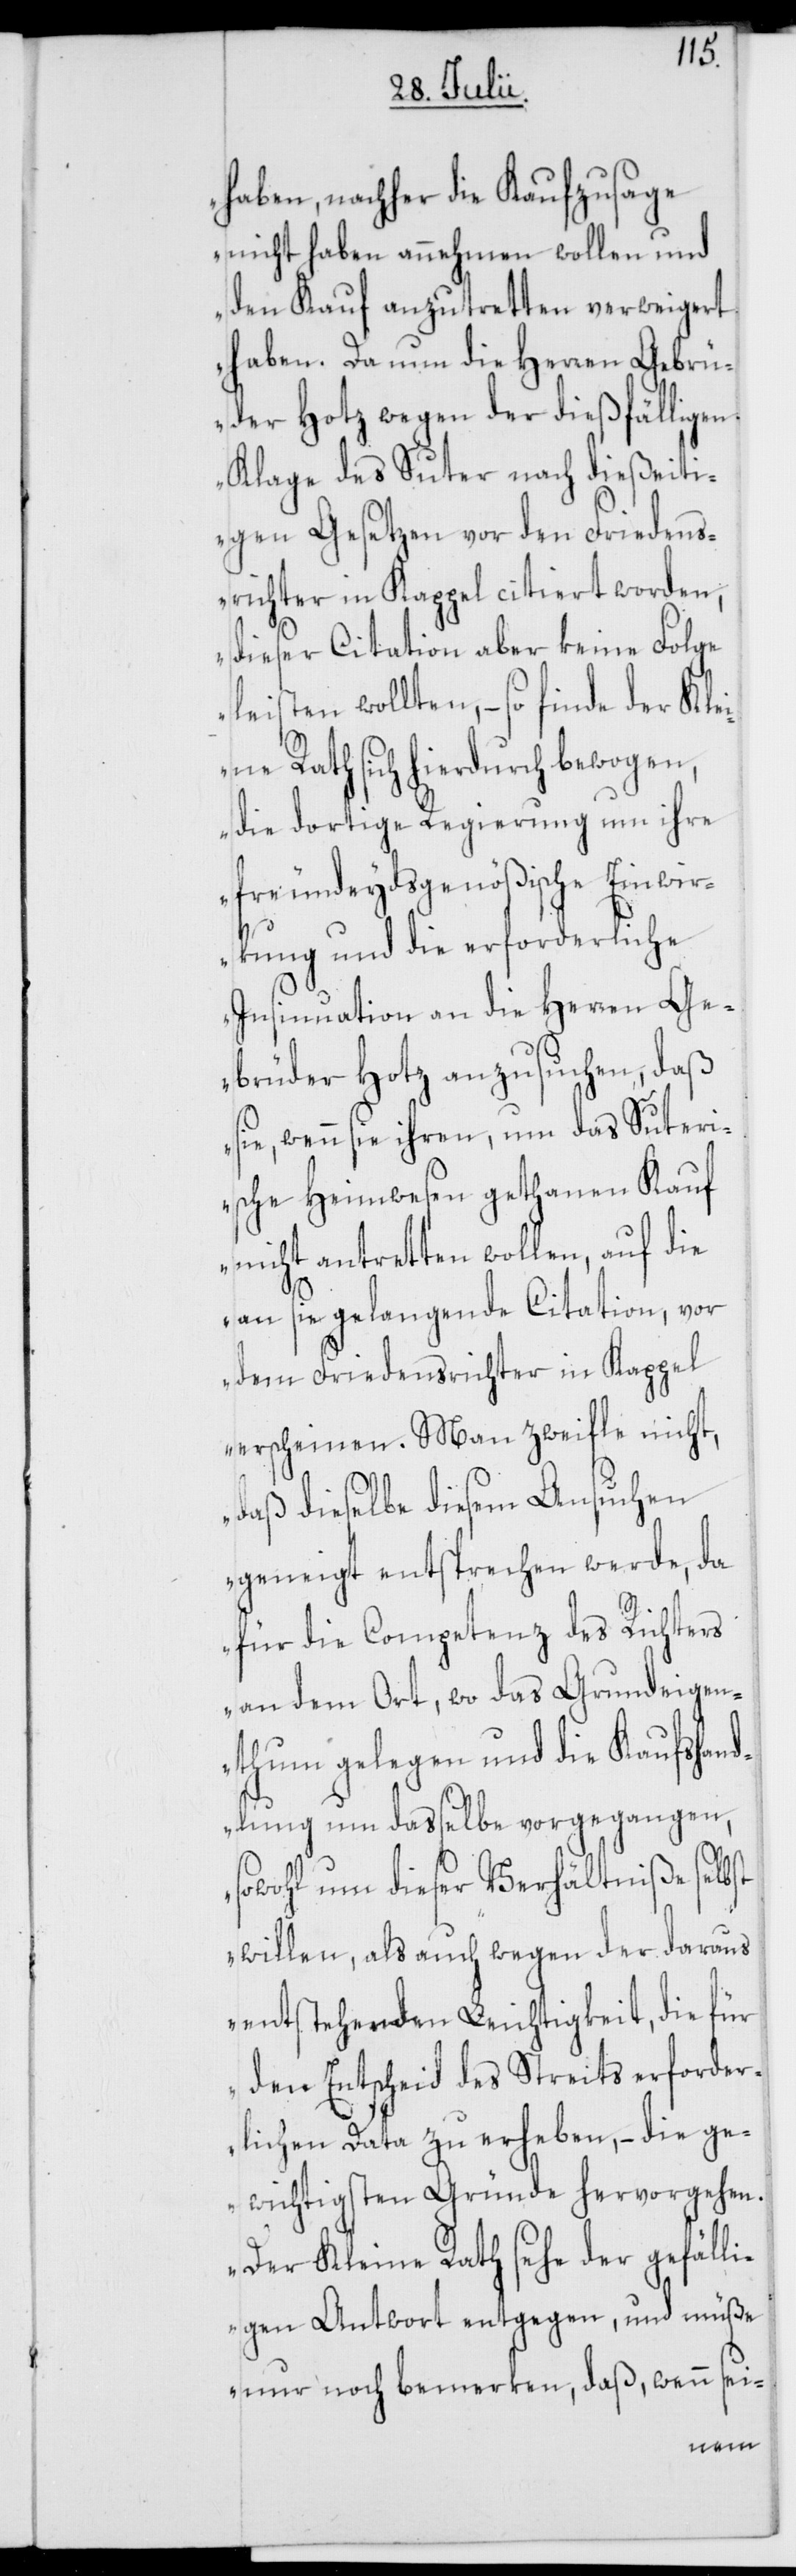
haben, nachher die Kaufzusage
nicht haben annehmen wollen und
den Kauf anzutretten verweigert
haben. Da nun die Herren Gebrü¬
der Hotz wegen der dießfälligen
Klage des Suter nach dießeiti¬
gen Gesetzen vor den Friedens¬
richter in Kappel citiert worden,
dieser Citation aber keine Folge
leisten wollten, – so finde der Kle¬
ine Rath sich hierdurch bewogen,
die dortige Regierung um ihre
freundeydsgenößische Einwir¬
kung und die erforderliche
Insinnuation an die Herren Ge¬
brüder Hotz anzusuchen, daß
sie, wenn sie ihren, um das Suter¬
ische Heimwesen gethanen Kauf
nicht antretten wollen, auf die
an sie gelangende Citation, vor
dem Friedensrichter in Kappel
erscheinen. Man zweifle nicht,
daß dieselbe diesem Ansuchen
geneigt entsprechen werde, da
für die Competenz des Richters
an dem Ort, wo das Grundeigen¬
thum gelegen und die Kaufshand¬
lung um dasselbe vorgegangen,
sowohl um dieser Verhältniße selbst
willen, als auch wegen der daraus
entstehenden Leichtigkeit, die für
den Entscheid des Streits erforder¬
lichen Data zu erheben, – die ge¬
wichtigsten Gründe hervorgehen.
Der Kleine Rath sehe der gefälli¬
gen Antwort entgegen, und müße
nur noch bemerken, daß, wenn sei-